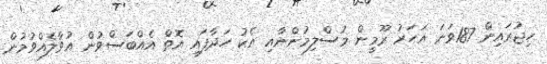
ހިޖުރައިން 187ވަނަ އަހަރު ރޫމީން މުސްލިމުންނާއި އެކު ހަދާފައި އޮތް އެއްބަސްވުން އުވާލެއްވުމުން